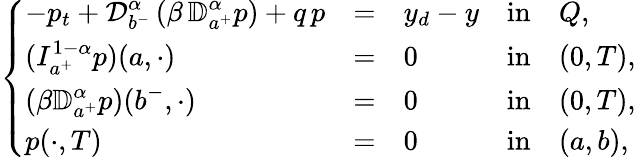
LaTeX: \left\{ \begin{array}{llllllllllll}{\displaystyle-p_{t}+\displaystyle{\mathcal D}_{b^{-}}^{\alpha}\, (\beta\, {\mathbb D}_{a^{+}}^{\alpha}p)+q\, p}&{=}&{y_{d}-y}&{\mathrm{in}}&{Q,}\\ {\displaystyle(I_{a^{+}}^{1-\alpha}p)(a,\cdot)}&{=}&{0}&{\mathrm{in}}&{(0,T),}\\ {\displaystyle(\beta{\mathbb D}_{a^{+}}^{\alpha}p)(b^{-},\cdot)}&{=}&{0}&{\mathrm{in}}&{(0,T),}\\ {\displaystyle p(\cdot,T)}&{=}&{0}&{\mathrm{in}}&{(a,b),}\end{array}\right.